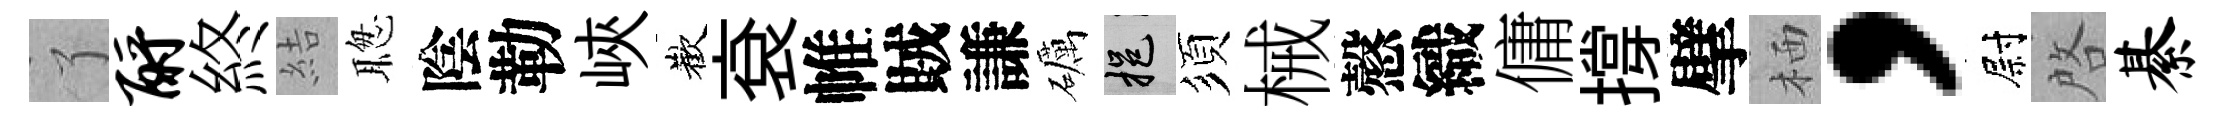
了酹終結聦陰勒峽歡袞帷賊謙礪挹須械慤織傭撐擘栖，尉啓綦